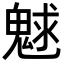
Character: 𩳞